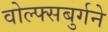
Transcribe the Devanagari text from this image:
वोल्फ्सबुर्गने